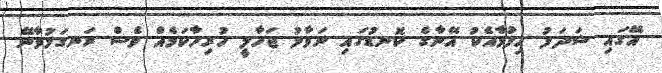
އޭގައި ޝަދަފު ހިފުމާއެކު އޭނާގެ ކޮނޑުގައި ނަވާލު ޖަހާލީ ހުރިހާކަމެއް ވެސް ރަނގަޅުވާނޭ